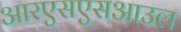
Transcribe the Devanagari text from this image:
आरएसएसआउल